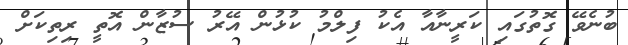
ބުނެވޭ ގޮތުގައި ކަރީނާއާ އެކު ފިލްމު ކުޅުން އޭރު ސުޒާން އޮތީ ރިތިކަށް